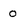
Character: 0